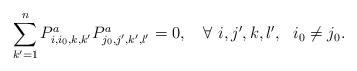
LaTeX: \begin{align*}\sum_{k'=1}^nP^a_{i,i_0,k,k'}P^a_{j_0,j',k',l'}=0, \ \ \ \forall \ i,j',k,l', \ \ i_0\neq j_0.\end{align*}